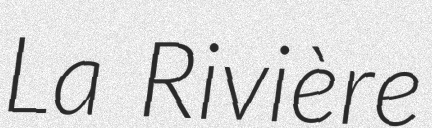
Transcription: La Rivière